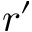
r ^ { \prime }